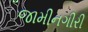
જામીનગીરી